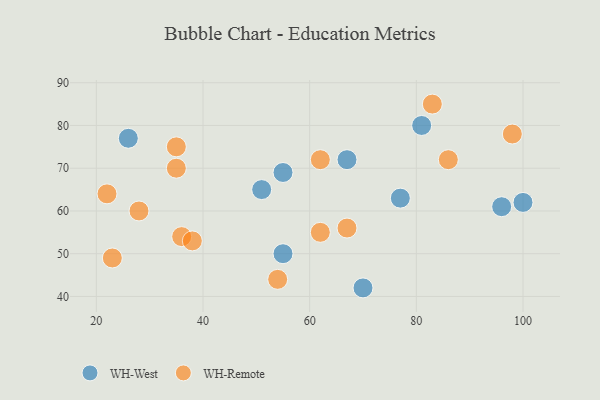
{"axis": {"x": "GDP", "y": "Life Expectancy"}, "legend": ["WH-Remote", "WH-West"], "data": [{"x": "55", "y": 50, "type": "WH-West"}, {"x": "77", "y": 63, "type": "WH-West"}, {"x": "55", "y": 69, "type": "WH-West"}, {"x": "67", "y": 72, "type": "WH-West"}, {"x": "100", "y": 62, "type": "WH-West"}, {"x": "81", "y": 80, "type": "WH-West"}, {"x": "96", "y": 61, "type": "WH-West"}, {"x": "26", "y": 77, "type": "WH-West"}, {"x": "70", "y": 42, "type": "WH-West"}, {"x": "51", "y": 65, "type": "WH-West"}, {"x": "36", "y": 54, "type": "WH-Remote"}, {"x": "62", "y": 72, "type": "WH-Remote"}, {"x": "83", "y": 85, "type": "WH-Remote"}, {"x": "23", "y": 49, "type": "WH-Remote"}, {"x": "54", "y": 44, "type": "WH-Remote"}, {"x": "28", "y": 60, "type": "WH-Remote"}, {"x": "98", "y": 78, "type": "WH-Remote"}, {"x": "67", "y": 56, "type": "WH-Remote"}, {"x": "86", "y": 72, "type": "WH-Remote"}, {"x": "38", "y": 53, "type": "WH-Remote"}, {"x": "62", "y": 55, "type": "WH-Remote"}, {"x": "35", "y": 70, "type": "WH-Remote"}, {"x": "35", "y": 75, "type": "WH-Remote"}, {"x": "22", "y": 64, "type": "WH-Remote"}]}